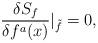
LaTeX: \begin{align*}\frac{\delta S_{f}}{\delta f^{a}(x)}\vert_{\tilde{f}}=0,\end{align*}